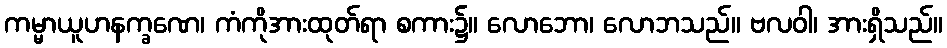
ကမ္မာယူဟနက္ခဏေ၊ ကံကိုအားထုတ်ရာ စကား၌။ လောဘော၊ လောဘသည်။ ဗလဝါ၊ အားရှိသည်။